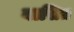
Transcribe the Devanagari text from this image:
बासित